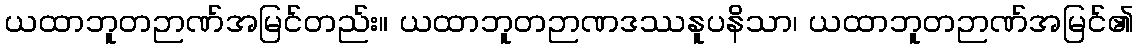
ယထာဘူတဉာဏ်အမြင်တည်း။ ယထာဘူတဉာဏဒဿနူပနိသာ၊ ယထာဘူတဉာဏ်အမြင်၏